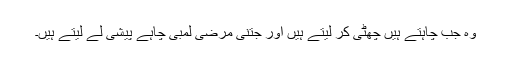
وہ جب چاہتے ہیں چھٹی کر لیتے ہیں اور جتنی مرضی لمبی چاہے پیشی لے لیتے ہیں۔